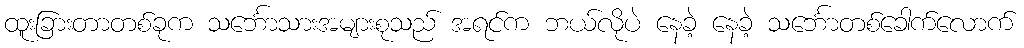
ထူးခြားတာတစ်ခုက သင်္ဘောသားအများစုသည် အရင်က ဘယ်လိုပဲ နေခဲ့ နေခဲ့ သင်္ဘောတစ်ခေါက်လောက်